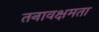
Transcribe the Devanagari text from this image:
तनावक्षमता